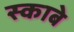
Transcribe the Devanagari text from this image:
स्काबे